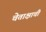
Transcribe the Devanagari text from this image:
चेताक्षाची